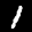
Label: 1